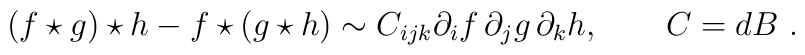
(f\star g)\star h-f\star(g\star h)\sim C_{ijk}\partial_{i}f\,\partial_{j}g\,\partial_{k}h,\qquad C=dB\,\,.